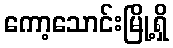
ကော့သောင်းမြို့ရှိ